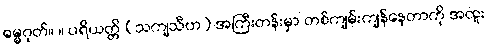
ဓမ္မဂုတ်။ ။ ပရိယတ္တိ (သကျသီဟ) အကြီးတန်းမှာ တစ်ကျမ်းကျန်နေတာကို အထူး